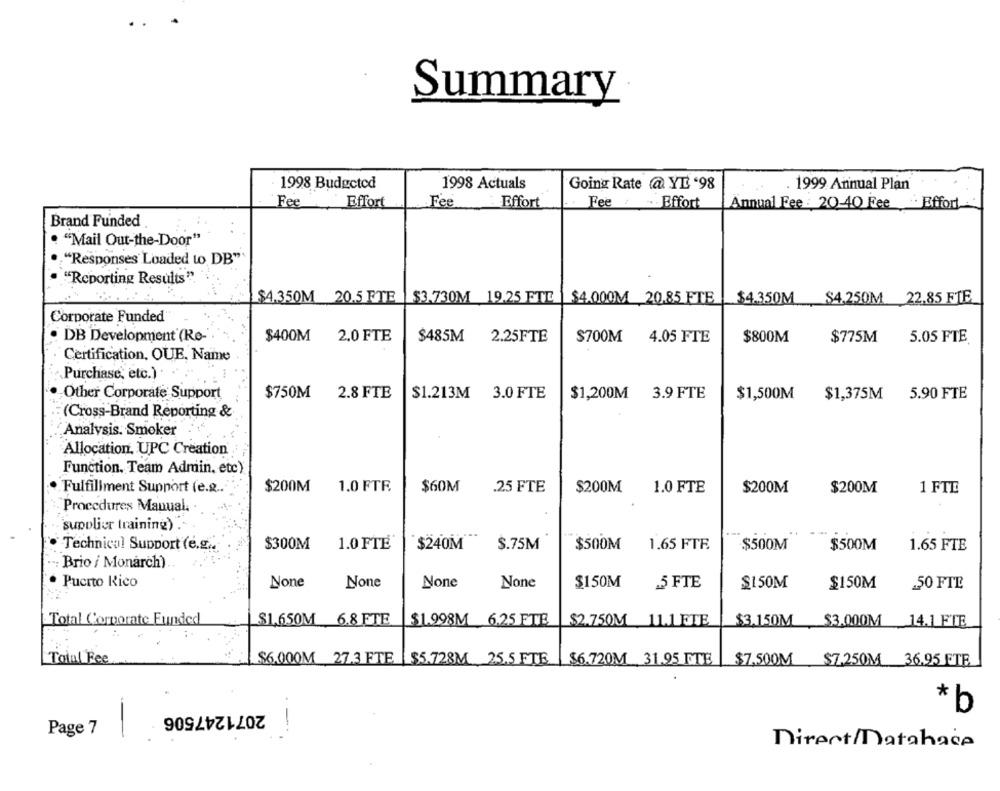
Summary
1998 Budgeted
1998 Actuals
Going Rate @ YE '98
. 1999 Annual Plan
Fe
Effort
Fee
Effort
Fee : .. . Effort
Annual Fee : 2040 Fee Effort
Brand Funded
"Mail Out-the-Door"
"Responses Loaded to DB"
"Reporting Results".
$4.350M 20.5 FTE
$3.730M 19.25 ETT
$4.000M 20.85 FTE
$4.350M $4.250M 22.85 FTE
Corporate Funded
. DB Development (Re-
$400M
2.0 FTE
$485M
2.25FTE
$700M
4.05 FTE
$800M
$775M
5.05 FTE
Certification, QUE, Name
Purchase, etc.)
Other Corporate Support
$750M
2.8 FTE
$1.213M 3.0 FTE
$1,200M 3.9FTE
$1,500M
$1,375M 5.90 FTE
(Cross-Brand Reporting &
Analysis. Smoker
Allocation. UPC Creation
Function. Team Admin, etc)
.Fulfillment Support (e.g .. "
$200M
1.0 FTF.
$60M
.25 FTE
$200M
1.0 FTE
$200M
$200M
1 FTE
Procedures Manual.
supplier training) .
Technical Support (e.g ..
$300M
1.0 FTE
$240M
$.75M
$500M
1.65 FTF.
$500M
$500M
1.65 FTE
" Brio i Monarch).
· Puerto Rico
$150M
5 FTE
$150M
$150M
.50 FTE
Total Corporate Funded
$1,650M 6.8 FTE
$1.998M 6.25 FTE
$2.750M 11.1 FTE
$3.150M $3.000M 14.1 FTE
Toial Fee
.. $6.000M 27.3 FTE
$5.728M 25.5 FTE
$6.720M 31.95 FTE
$7,500M $7.250M 36.95 FTE
2071247506
* b
-
Page 7
-
Direct/Datahace